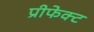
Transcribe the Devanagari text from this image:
प्रीफेक्ट